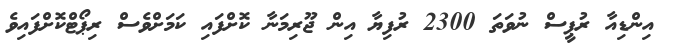
އިންޑިއާ ރުޕީސް ނުވަތަ 2300 ރުފިޔާ އިން ޖޫރިމަނާ ކޮށްފައި ކަމަށްވެސް ރިޕޯޓްކޮށްފައިވެ